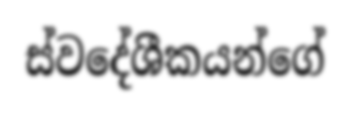
ස්වදේශීකයන්ගේ